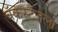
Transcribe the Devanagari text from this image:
बॅकस्टेजला